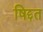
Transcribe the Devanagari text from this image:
षिद्दत